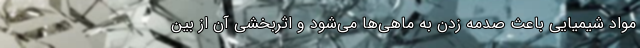
مواد شیمیایی باعث صدمه زدن به ماهی‌ها می‌شود و اثربخشی آن از بین